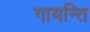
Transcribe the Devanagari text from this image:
गायन्ति